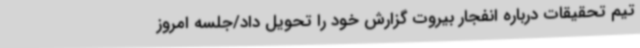
تیم تحقیقات درباره انفجار بیروت گزارش خود را تحویل داد/جلسه امروز